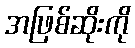
အဖြစ်ဆိုးကို